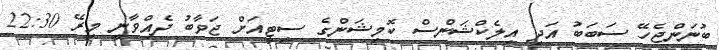
ބުނަންޖެހޭ ސަބަބު އަދި އިލެކްޝަންސް ކޮމިޝަންގެ ސިޓީއަށް ޖަވާބު ދެއްވާނީ މިރޭ 22:30